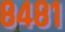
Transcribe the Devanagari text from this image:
८४८१